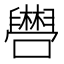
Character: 𫬴